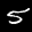
Label: 5